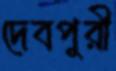
দেবপুরী